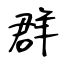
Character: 群